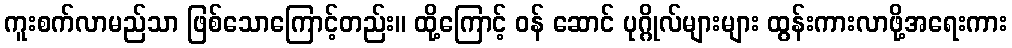
ကူးစက်လာမည်သာ ဖြစ်သောကြောင့်တည်း။ ထို့ကြောင့် ဝန် ဆောင် ပုဂ္ဂိုလ်များများ ထွန်းကားလာဖို့အရေးကား